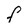
Character: f